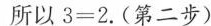
所以$$3 = 2$$.(第二步)